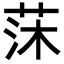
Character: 莯